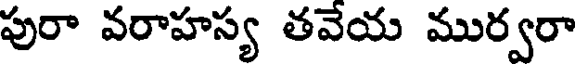
పురా వరాహస్య తవేయ ముర్వరా